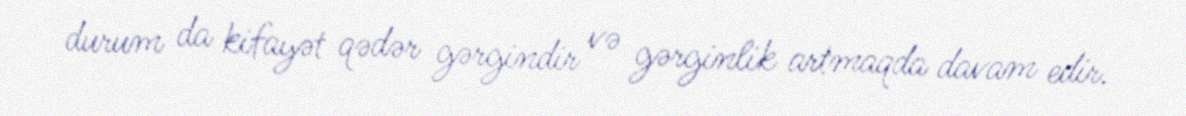
durum da kifayət qədər gərgindir və gərginlik artmaqda davam edir.